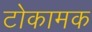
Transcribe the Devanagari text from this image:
टोकामक